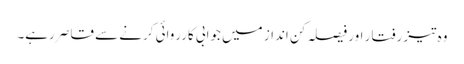
وہ تیز رفتار اور فیصلہ کن انداز میں جوابی کارروائی کرنے سے قاصر رہے۔